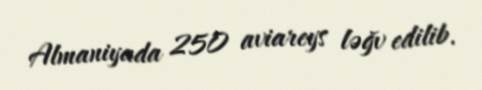
Almaniyada 250 aviareys ləğv edilib.